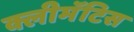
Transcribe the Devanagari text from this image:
क्लीमॅटिस